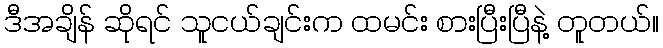
ဒီအချိန် ဆိုရင် သူငယ်ချင်းက ထမင်း စားပြီးပြီနဲ့ တူတယ်။